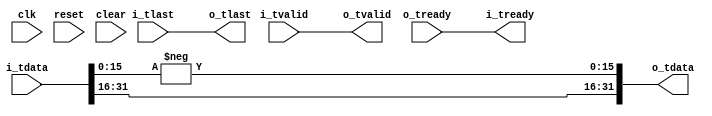
//
// Copyright 2014 Ettus Research LLC
//
// NOTE -- does not flop the output.  could cause timing issues, so follow with axi_fifo_flop if you need it

module conj
  #(parameter WIDTH=16)
   (input clk, input reset, input clear,
    input [2*WIDTH-1:0] i_tdata, input i_tlast, input i_tvalid, output i_tready,
    output [2*WIDTH-1:0] o_tdata, output o_tlast, output o_tvalid, input o_tready);

   assign o_tdata = { i_tdata[2*WIDTH-1:WIDTH] , -i_tdata[WIDTH-1:0] };
   assign o_tlast = i_tlast;
   assign o_tvalid = i_tvalid;
   assign i_tready = o_tready;
   
endmodule // conj